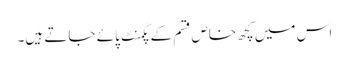
اس میں کچھ خاص قسم کے پگمنٹ پائے جاتے ہیں۔